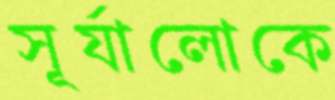
সূর্যালোকে